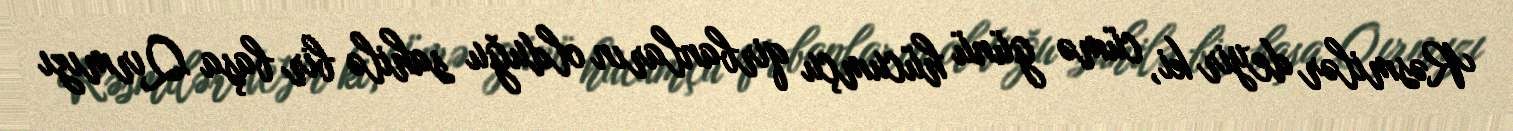
Rəsmilər deyir ki, cümə günü hücumçu qirbanların olduğu sahilə bir başa Qırmızı